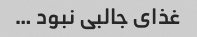
غذای جالبی نبود …